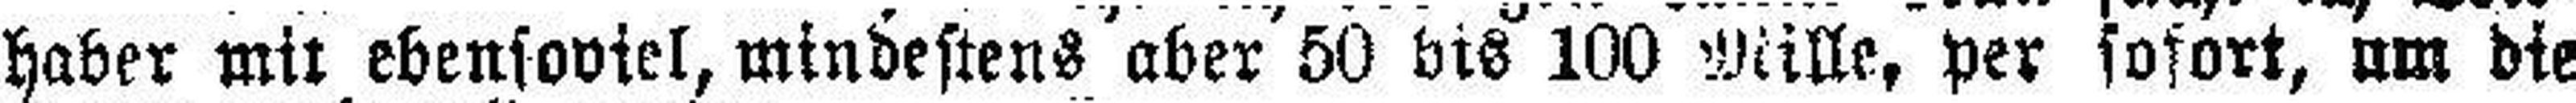
haber mit ebensoviel, mindestens aber 50 bis 100 Mille, per sofort, um die